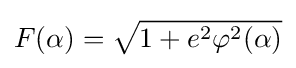
F(\alpha )={\sqrt {1+e^{2}\varphi ^{2}(\alpha )}}